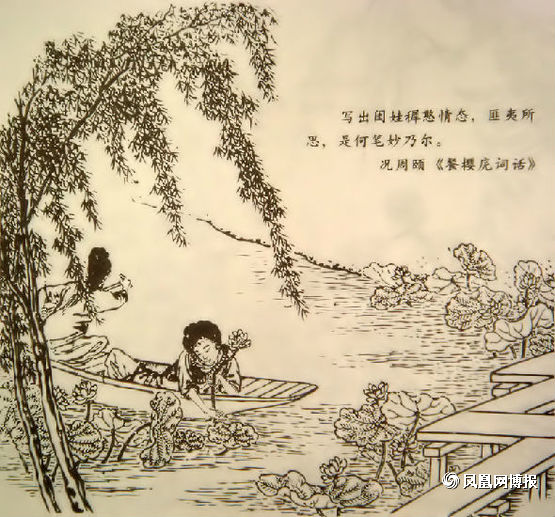
船动湖光滟滟秋，贪看年少信船流。